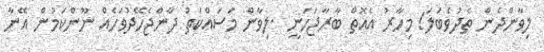
ލިވާންދެން ތެދުވެބަލަ! މިހާރު އެއޮތް ބާރާޖަހަނީ .ލިވާން މަސައްކަތު ދާންޖެހޭދުވަހެއް ނޫންކަމުން އޭނާ